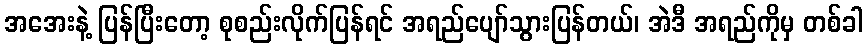
အအေးနဲ့ ပြန်ပြီးတော့ စုစည်းလိုက်ပြန်ရင် အရည်ပျော်သွားပြန်တယ်၊ အဲဒီ အရည်ကိုမှ တစ်ခါ